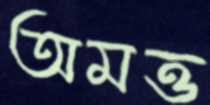
অমত্ত